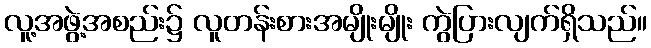
လူ့အဖွဲ့အစည်း၌ လူတန်းစားအမျိုးမျိုး ကွဲပြားလျက်ရှိသည်။